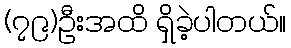
(၇၉)ဦးအထိ ရှိခဲ့ပါတယ်။